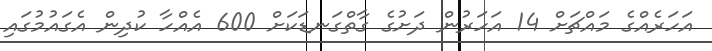
އަހަރެއްގެ މައްޗަށް 14 އަހަރުން ދަށުގެ ގާތްގަނޑަކަށް 600 އެއްހާ ކުދިން އެގައުމުގައި